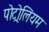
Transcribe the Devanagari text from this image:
पोट्रोलियम